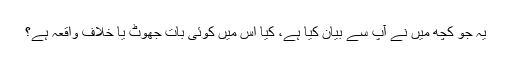
یہ جو کچھ میں نے آپ سے بیان کیا ہے، کیا اس میں کوئی بات جھوٹ یا خلافِ واقعہ ہے؟